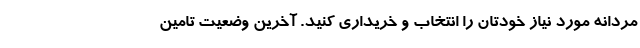
مردانه مورد نیاز خودتان را انتخاب و خریداری کنید. آخرین وضعیت تامین